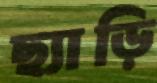
ছ্যাড়ি